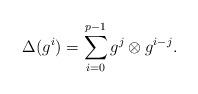
LaTeX: \begin{align*} \Delta(g^i)=\sum_{i=0}^{p-1} g^j\otimes g^{i-j}. \end{align*}